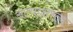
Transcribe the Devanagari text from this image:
अल्पाक्षरत्व